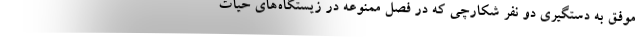
موفق به دستگیری دو نفر شکارچی که در فصل ممنوعه در زیستگاه‌های حیات